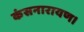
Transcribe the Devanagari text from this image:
कंसनारायण।